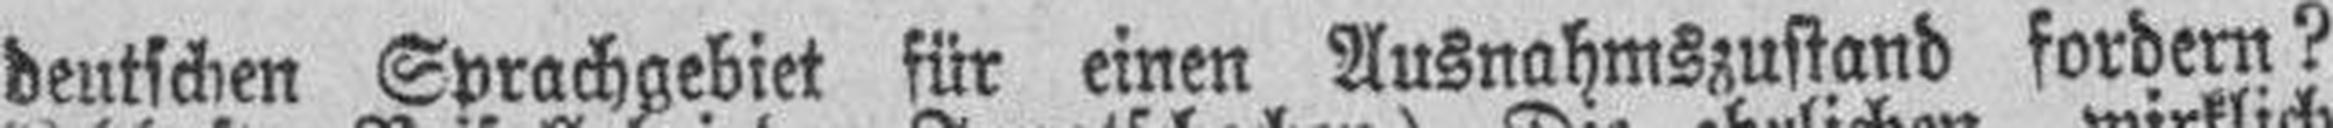
deutschen Sprachgebiet für einen Ausnahmszustand fordern?